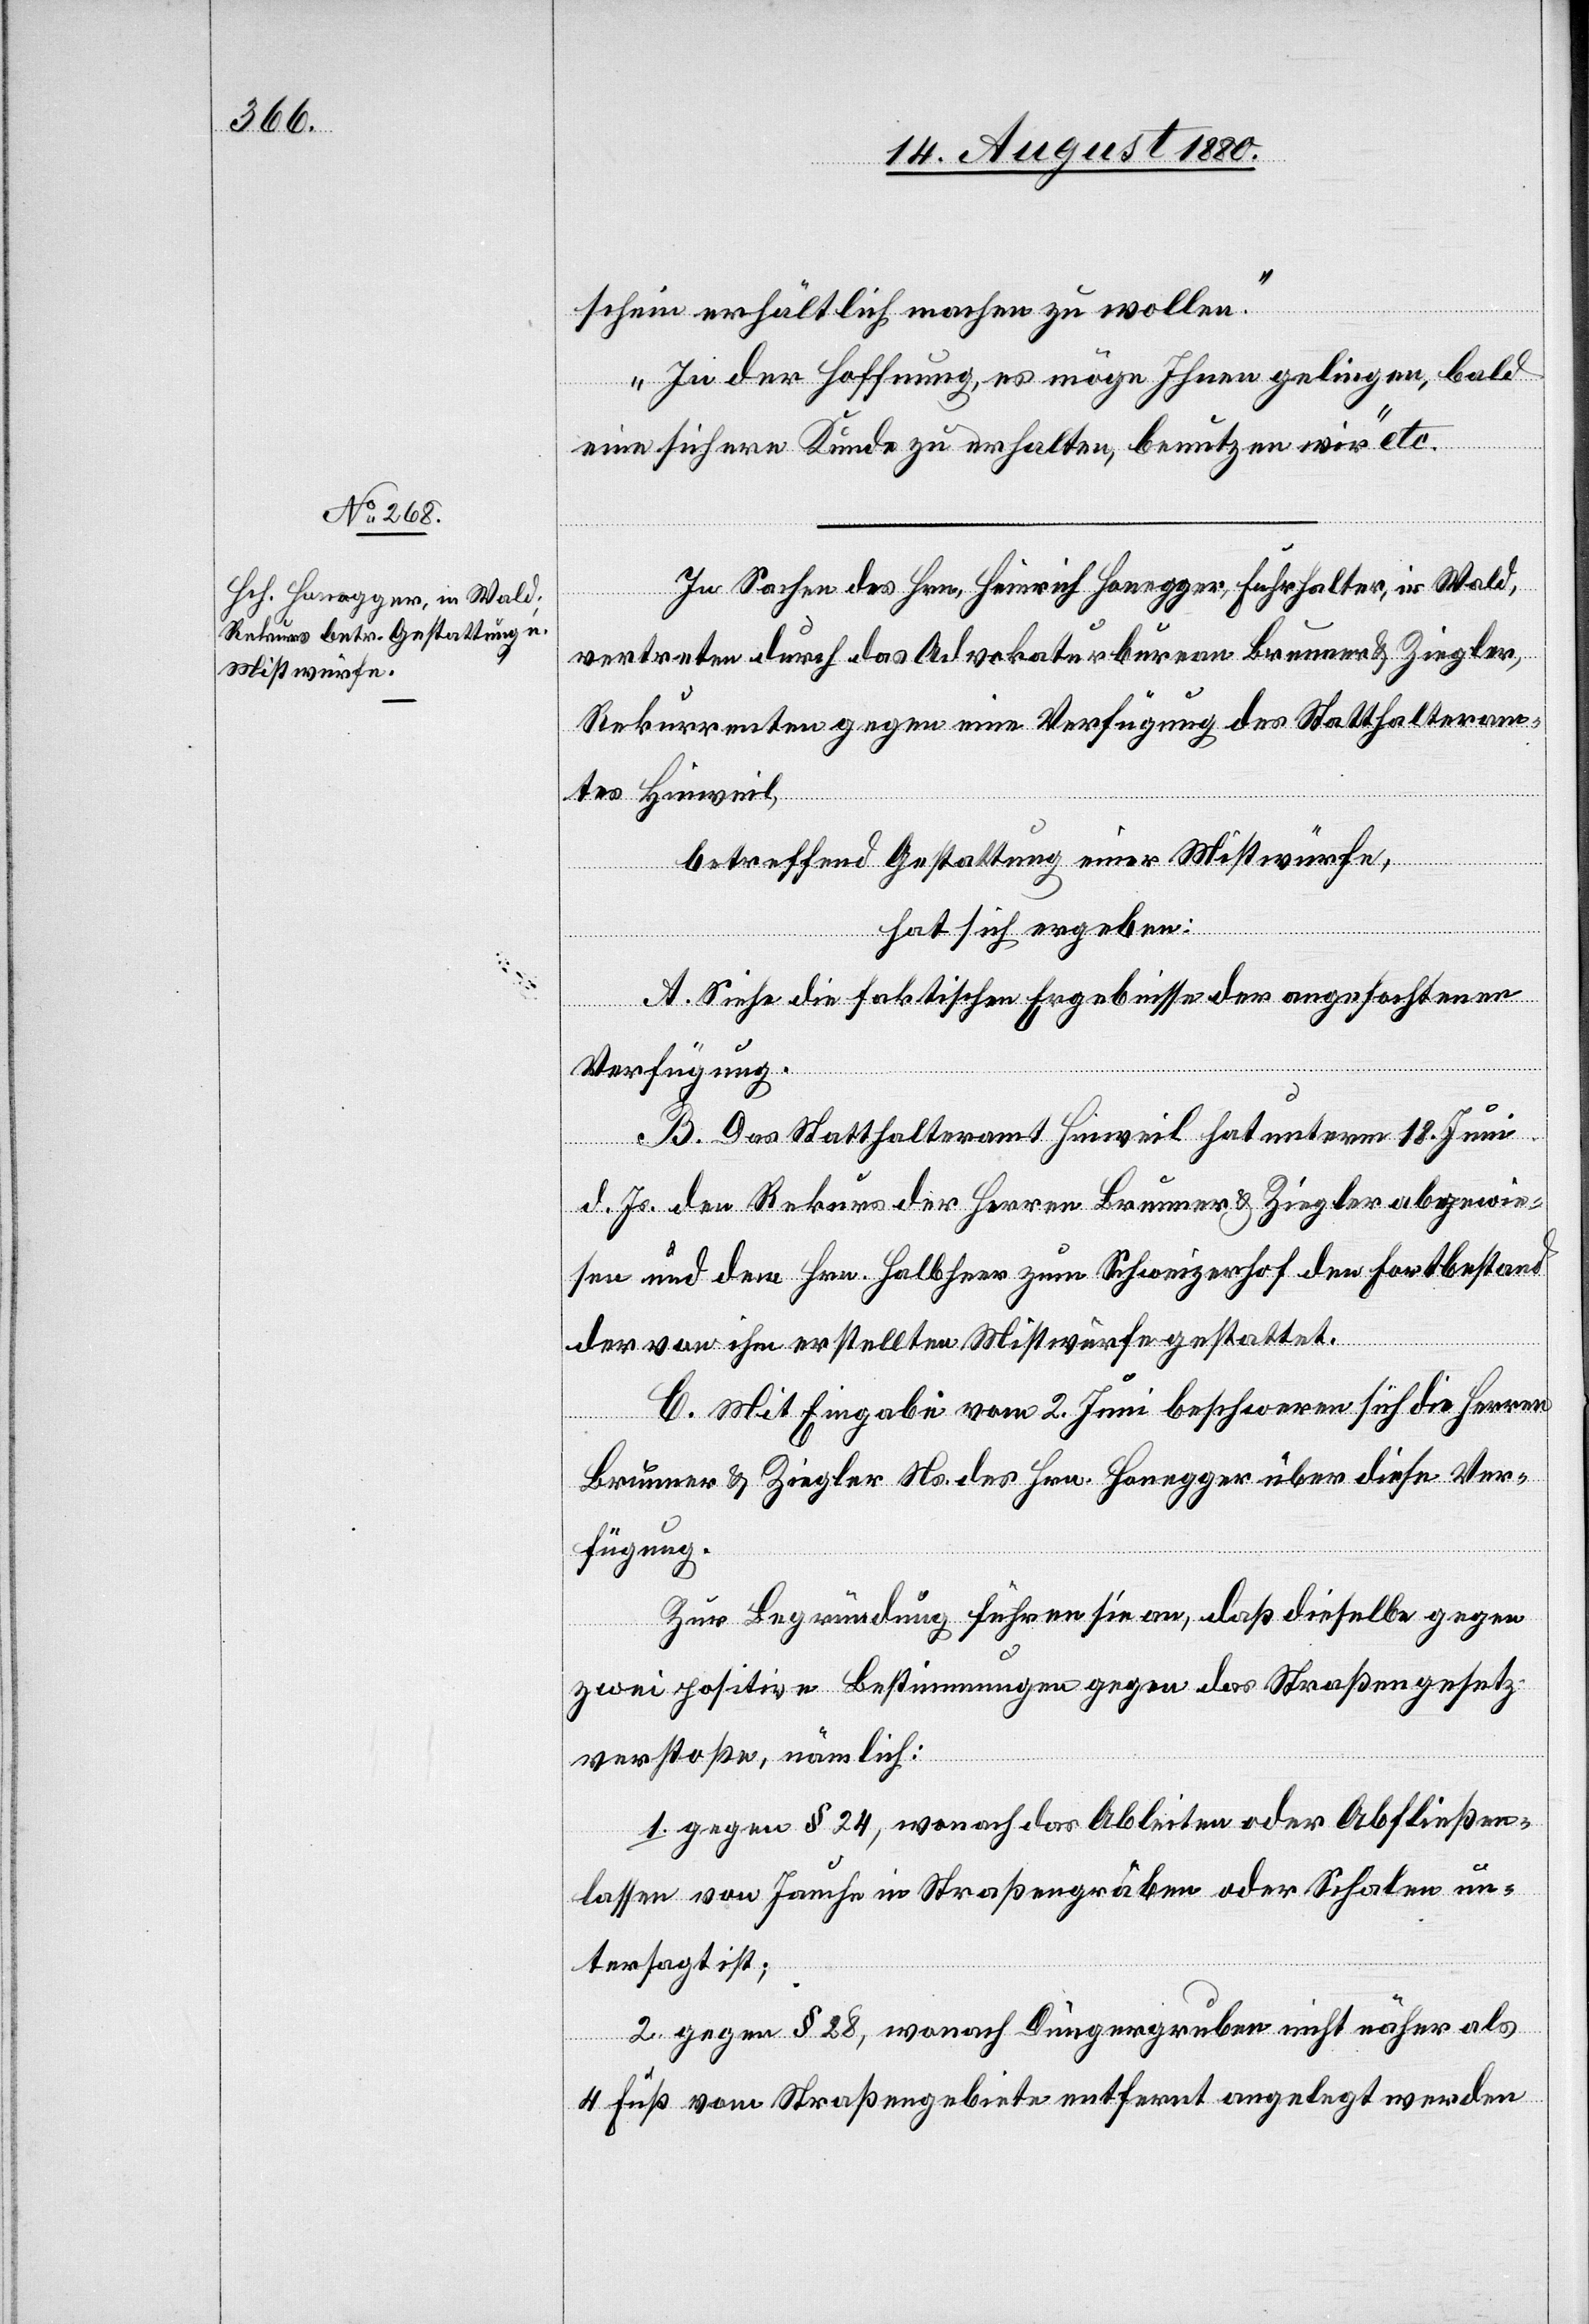
schein erhältlich machen zu wollen.
In der Hoffnung, es möge Ihnen gelingen bald
eine sichere Kunde zu erhalten, benutzen wir.“ etc.
In Sachen des Hrn. Heinrich Honegger, Fuhrhalter, in Wald,
vertreten durch das Advokaturbureau Brunner & Ziegler,
Rekurrenten gegen eine Verfügung des Statthalteram¬
tes Hinweil,
betreffend Gestaltung einer Mistwürfe,
hat sich ergeben:
A. Siehe die faktischen Ergebnisse der angefochtenen
Verfügung.
B. Das Statthalteramt Hinweil hat unterm 18. Juni
d. Js. den Rekurs der Herren Brunner & Ziegler abgewie¬
sen und dem Hrn. Halbheer zum Schweizerhof den Fortbestand
der von ihm erstellten Mistwürfe gestattet.
C. Mit Eingabe vom 2. Juni beschweren sich die Herren
Brunner & Ziegler Ns. des Hrn. Honegger über diese Ver¬
fügung.
Zur Begründung führen sie an, daß dieselbe gegen
zwei positive Bestimmungen gegen das Straßengesetz
verstoßen, nämlich:
1. gegen § 24, wonach das Ableiten oder Abfließen¬
lassen von Jauche in Straßengräben oder Schalen un¬
tersagt ist;
2. gegen § 28, wonach Düngergruben nicht näher als
4 Fuß vom Straßengebiete entfernt angelegt werden